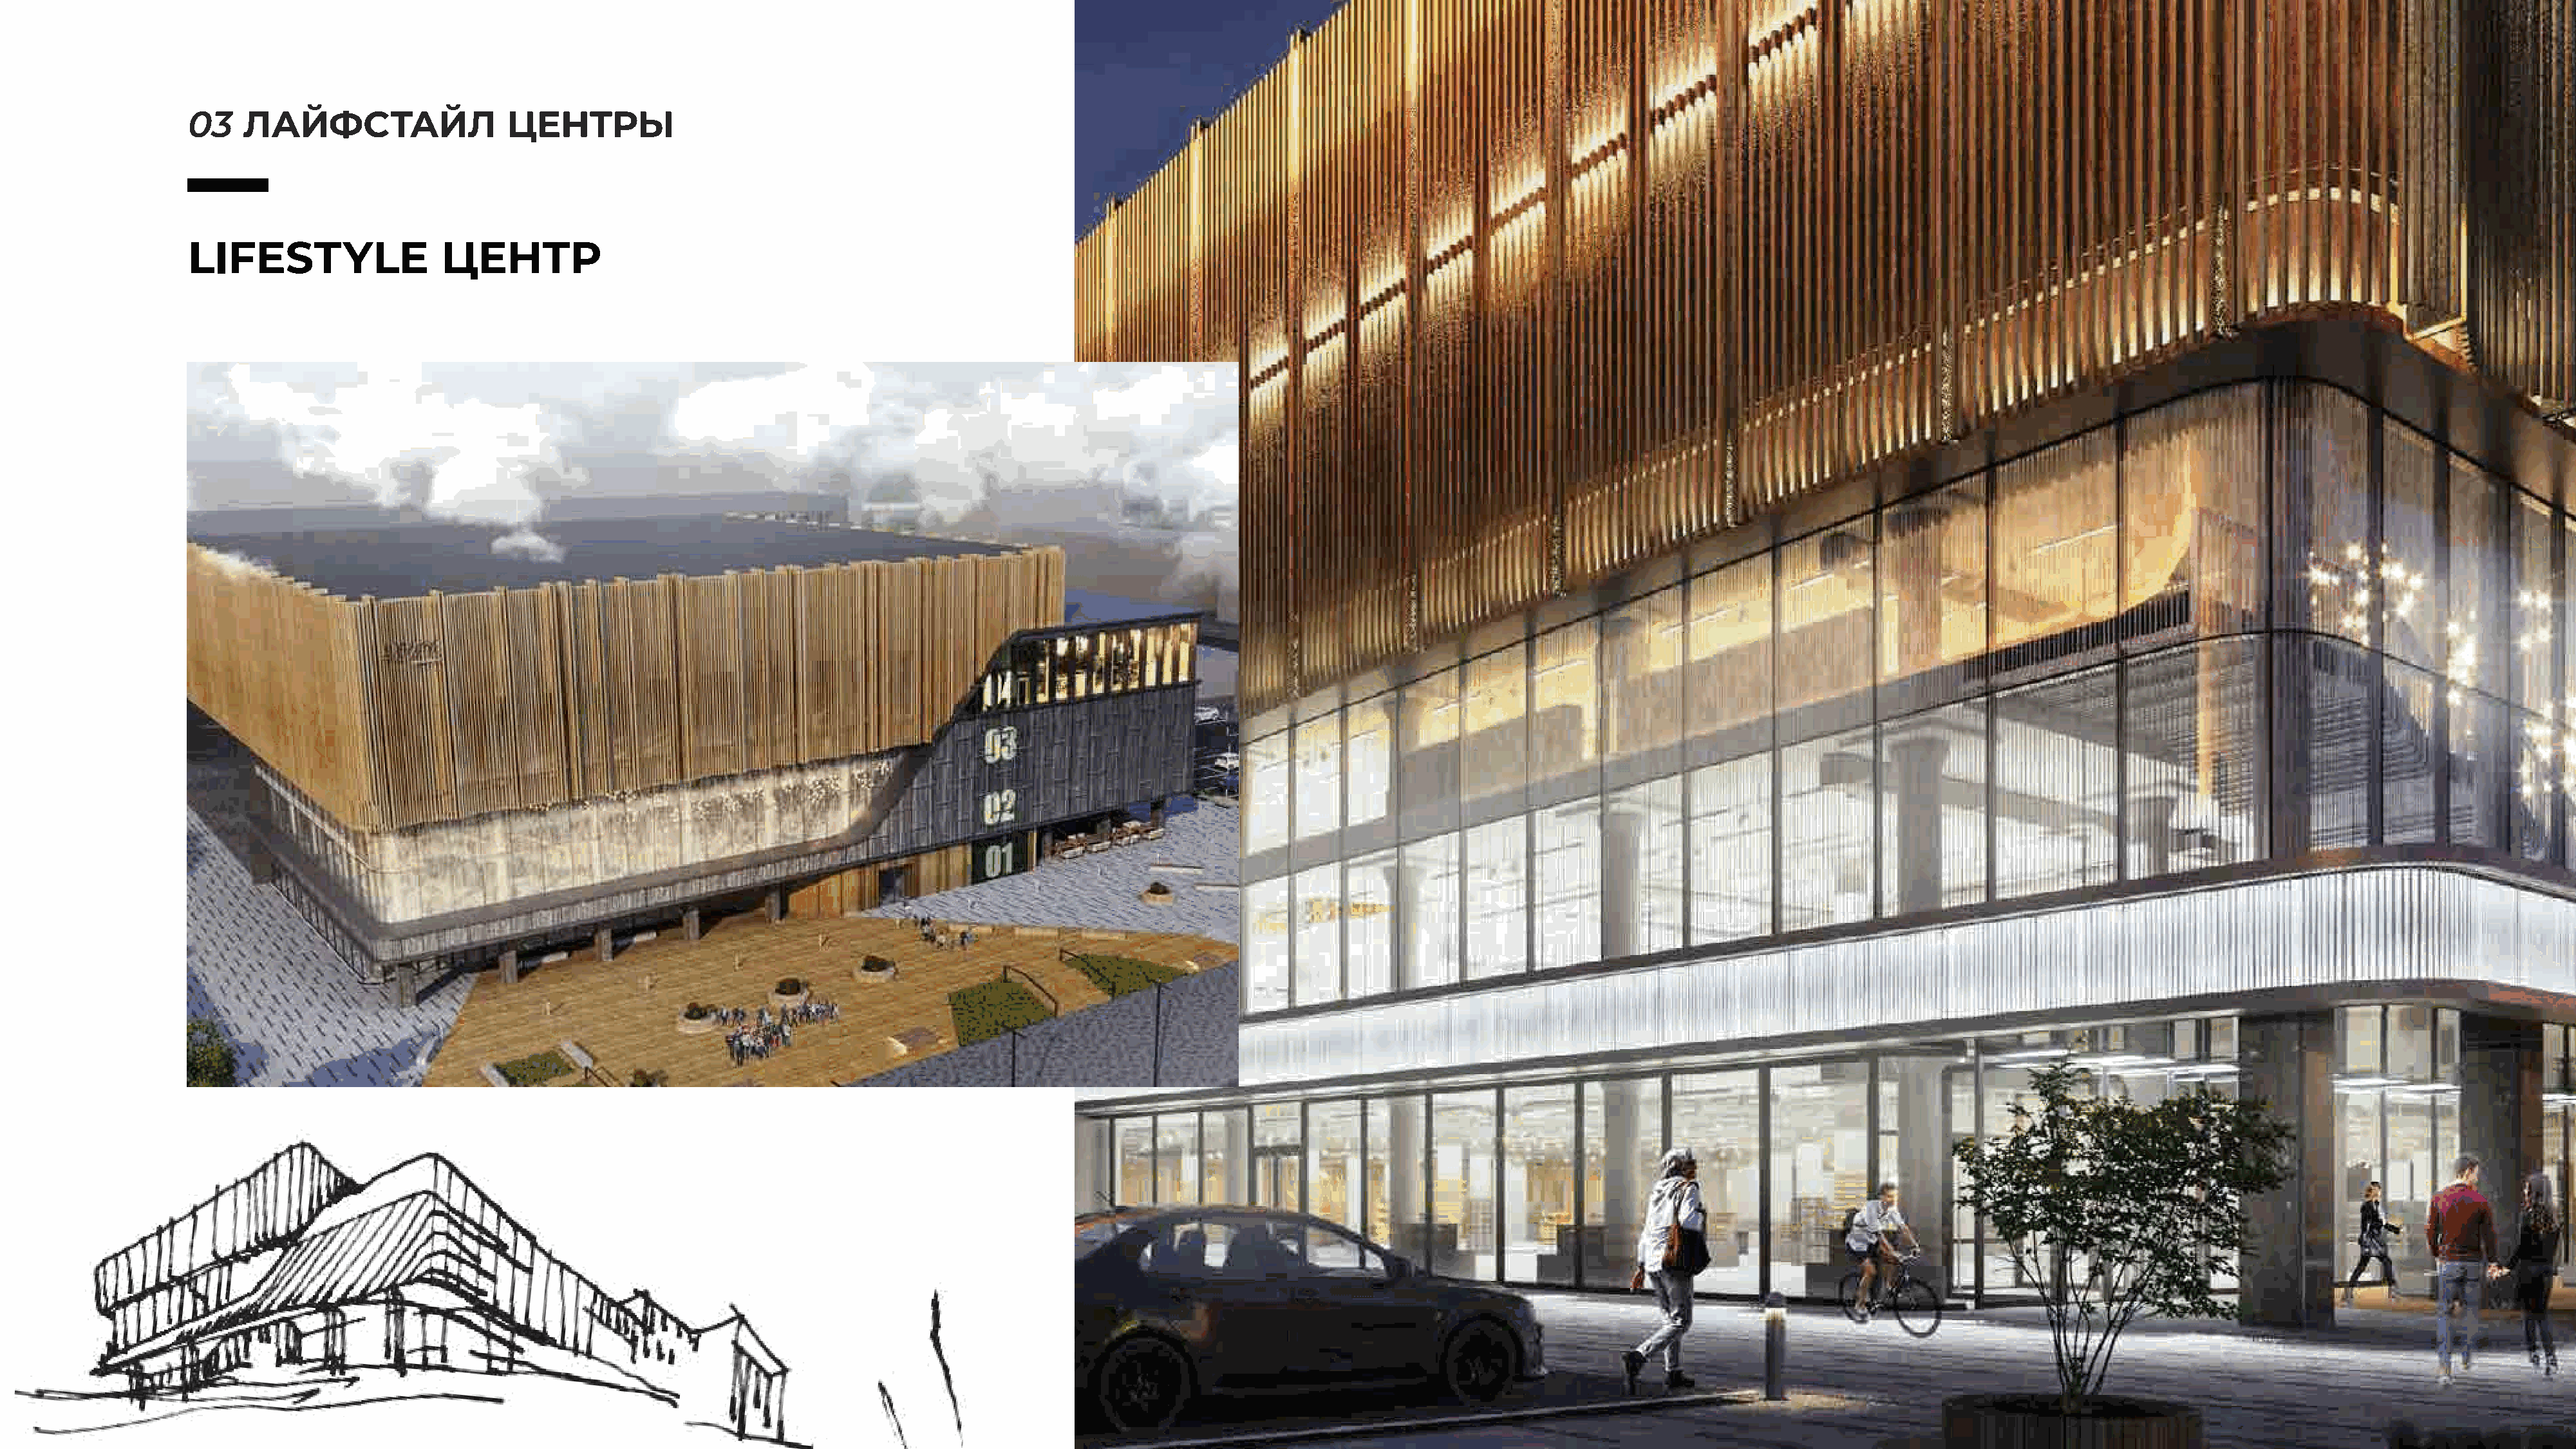
03    ЛАЙФСТАЙЛ                  ЦЕНТРЫ
 LIFESTYLE                 ЦЕНТР